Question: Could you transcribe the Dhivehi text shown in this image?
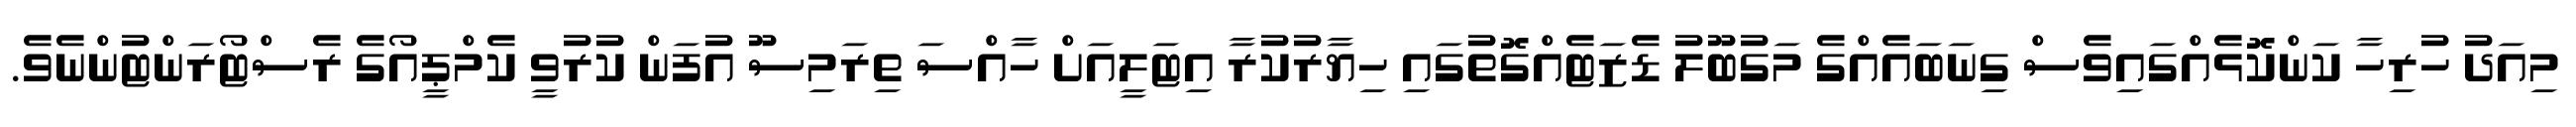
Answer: މިއަދު ހުރިހާ ކަންކޮޅެއްގައިވެސް ގިނަބައެއްގެ މަގުބޫލު ޑެޒަޓެއްގޮތުގައި ހިޔާރުކުރާ އިޓަލީއަށް ހާއްސަ ތިރަމިސޫ އުފަން ކުރުވީ ކެމްޕީއޯގެ ރެސްޓޯރަންޓުންނެވެ.